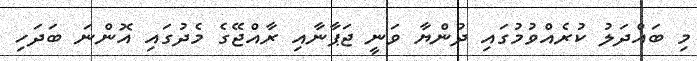
މި ބައްދަލު ކުރެއްވުމުގައި ދުންޔާ ވަނީ ޖަޕާނާއި ރާއްޖޭގެ މެދުގައި އޮންނަ ބަދަހި